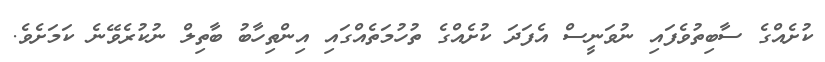
ކުށެއްގެ ސާބިތުވެފައި ނުވަނީސް އެފަދަ ކުށެއްގެ ތުހުމަތެއްގައި އިންތިހާބު ބާތިލް ނުކުރެވޭނެ ކަމަށެވެ.